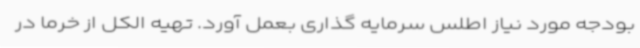
بودجه مورد نیاز اطلس سرمایه گذاری بعمل آورد. تهیه الکل از خرما در